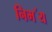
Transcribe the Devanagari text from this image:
निभ॔य